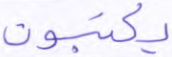
يكتبون